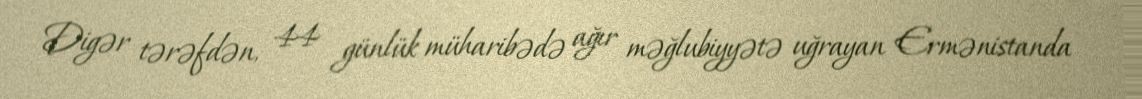
Digər tərəfdən, 44 günlük müharibədə ağır məğlubiyyətə uğrayan Ermənistanda